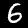
Label: 6